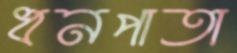
ধনপাতা